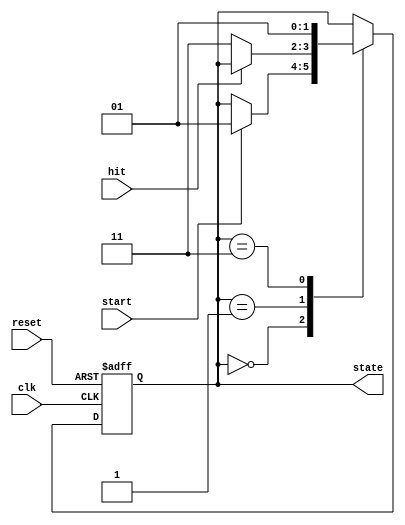
`timescale 1ns / 1ps
//////////////////////////////////////////////////////////////////////////////////
// Company: 
// Engineer: 
// 
// Design Name: 
// Module Name:    cache_controller 
// Project Name: 
// Target Devices: 
// Tool versions: 
// Description: 
//
// Dependencies: 
//
// Revision: 
// Revision 0.01 - File Created
// Additional Comments: 
//
//////////////////////////////////////////////////////////////////////////////////
module cache_controller(
    input clk, reset, start, hit,
	 output reg [1:0] state
    );
	 
	 reg [1:0] next_state;
	 
	 parameter reset_state = 2'b00,
	           wait_state  = 2'b01,
				  fetch_state = 2'b11;
	 
	 always @(posedge clk, negedge reset)
	 begin
		if (~reset)
			state <= reset_state;
		else
			state <= next_state;
	 end
	 
	 always @(state, start, hit )
	 begin
	 
	 next_state = state;
	 
		case(state)
		
			reset_state : if(start) next_state = wait_state;
			
	      wait_state  : if(!hit) next_state = fetch_state;
			
		   fetch_state :  next_state = wait_state;
			
			default     : next_state = state;
			
		endcase
		
	 end
		
	 
endmodule